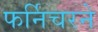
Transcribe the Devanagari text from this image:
फर्निचरने